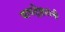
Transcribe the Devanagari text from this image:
वाघद्वेष्ट्यांनी